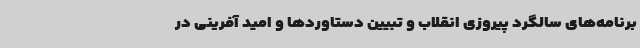
برنامه‌های سالگرد پیروزی انقلاب و تبیین دستاوردها و امید آفرینی در